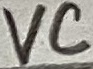
Text: VC